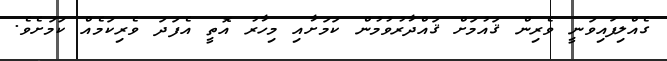
ގެއްލިފައިވަނީ ވެރިން ޤައުމަށް ޤައްދާރުވުމުން ކަމަށާއި މިހާރު އޮތީ އެފަދަ ވެރިކަމެއް ކަމަށެވެ.